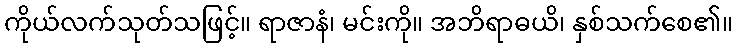
ကိုယ်လက်သုတ်သဖြင့်။ ရာဇာနံ၊ မင်းကို။ အဘိရာဓယိ၊ နှစ်သက်စေ၏။